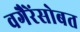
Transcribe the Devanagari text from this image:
वगैरेंसोबत